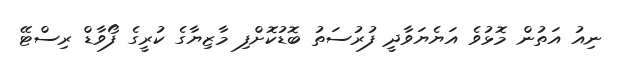
ނިއު އަތުން މޮޅުވެ އަޔެޔަވާދީ ފުރުސަތު ބޮޑުކޮށްފި މާޒިޔާގެ ކުރީގެ ފޯވާޑް ރިސްޓޭ